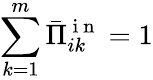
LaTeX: \sum_{k=1}^{m}\bar{\Pi}_{ik}^{\mathrm{~i~n~}}=1